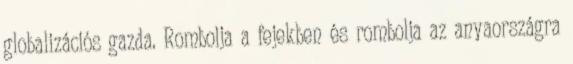
globalizációs gazda. Rombolja a fejekben és rombolja az anyaországra